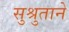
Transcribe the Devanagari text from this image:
सुश्रुताने